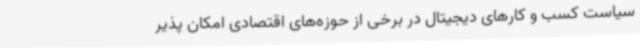
سیاست کسب و کارهای دیجیتال در برخی از حوزه‌های اقتصادی امکان پذیر